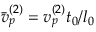
\bar { v } _ { p } ^ { ( 2 ) } = v _ { p } ^ { ( 2 ) } t _ { 0 } / l _ { 0 }